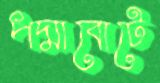
পদ্মাবোটে